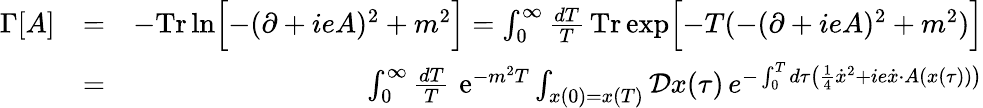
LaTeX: \begin{array}{rlr}{\Gamma[A]}&{=}&{-\mathrm{\mathrm{Tr}\, }\mathrm{ln}\Bigl\lbrack-(\partial+ieA)^{2}+m^{2}\Bigr\rbrack=\int_{0}^{\infty}\frac{dT}{T}\, \mathrm{Tr}\, \mathrm{exp}\Bigl\lbrack-T(-(\partial+ieA)^{2}+m^{2})\Bigr\rbrack}\\ &{=}&{\int_{0}^{\infty}\frac{dT}{T}\, \, \mathrm{e}^{-m^{2}T}\int_{x(0)=x(T)}{\cal D}x(\tau)\, e^{-\int_{0}^{T}d\tau\bigl({\frac{1}{4}}\dot{x}^{2}+ie\dot{x}\cdot A(x(\tau))\bigr)}}\end{array}